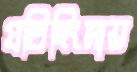
প্রতিহিংসায়